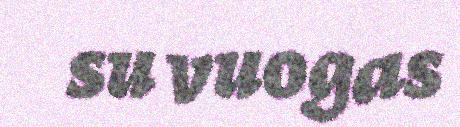
su vuogas